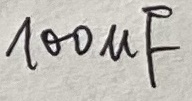
Text: 100µF